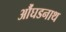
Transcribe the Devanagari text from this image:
औंघडनाथ